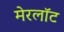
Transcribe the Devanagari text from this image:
मेरलॉट